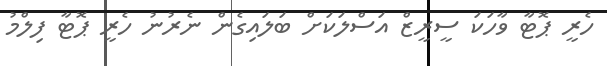
ހެރީ ޕޮޓާ ވާހަކަ ސީރީޒް އަސްލަކަށް ބަލައިގެން ނެރުނު ހެރީ ޕޮޓާ ފިލްމު